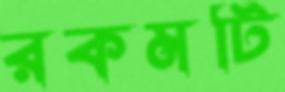
রকমটি